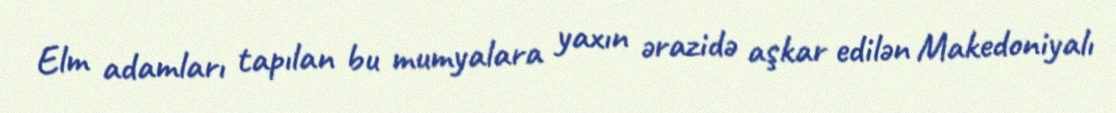
Elm adamları tapılan bu mumyalara yaxın ərazidə aşkar edilən Makedoniyalı